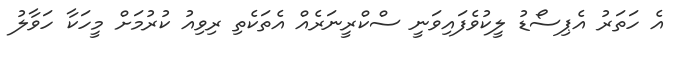
އެ ހަތަރު އެޕިސޯޑު ލީކުވެފައިވަނީ ސްކްރީނަރެއް އެތަކެތި ރިވިއު ކުރުމަށް މީހަކާ ހަވާލު